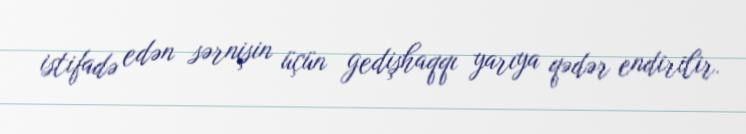
istifadə edən sərnişin üçün gedişhaqqı yarıya qədər endirilir.